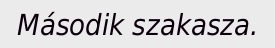
Második szakasza.